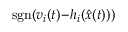
\operatorname { s g n } ( v _ { i } ( t ) \! - \! h _ { i } ( { \hat { x } } ( t ) ) )